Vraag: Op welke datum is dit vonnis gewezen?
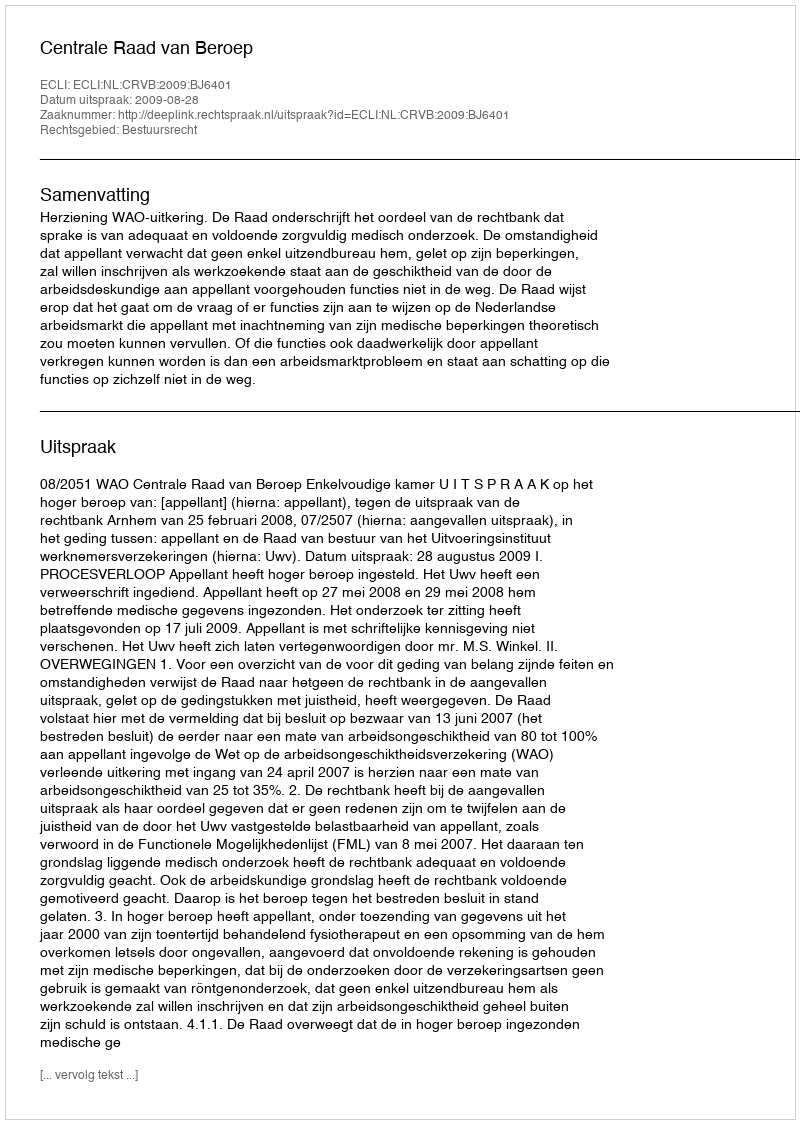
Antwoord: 2009-08-28